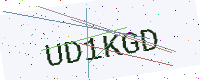
Text: UD1KGD